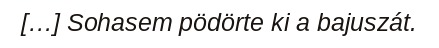
[…] Sohasem pödörte ki a bajuszát.